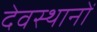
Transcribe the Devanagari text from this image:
देवस्‍थानों